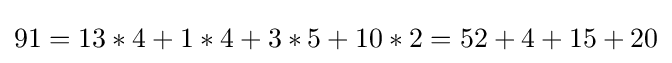
91=13*4+1*4+3*5+10*2=52+4+15+20